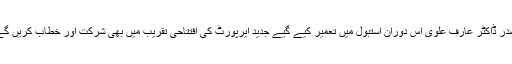
صدر ڈاکٹر عارف علوی اس دوران استبول میں تعمیر کیے گیے جدید ایرپورٹ کی افتتاحی تقریب میں بھی شرکت اور خطاب کریں گے۔